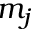
m _ { j }